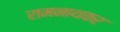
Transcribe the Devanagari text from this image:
रामनाथकर